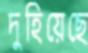
দুহিয়েছে